Sketch of the medical history of the native army of Bombay, for the year
Year: 1875
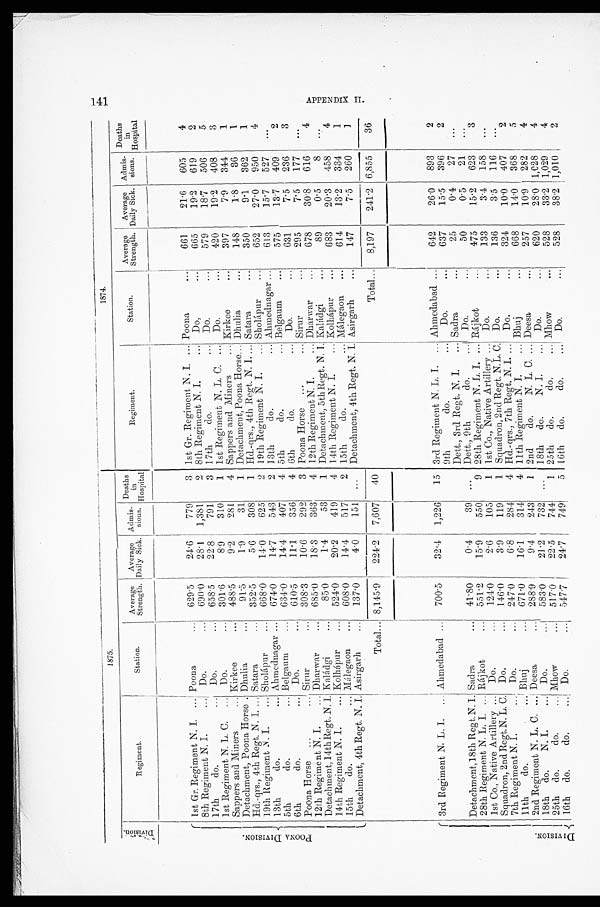
1875.
1874.
D i v i s i o n .
Regiment.
Station.
Average
Strength.
Average
Daily Sick.
Admis-
sions.
Deaths
in
Hospital.
Regiment.
Station.
Average
Strength.
Average
Daily Sick.
Admis-
sions.
Deaths in
Hospital.
P O O N A D I V I S I O N .
1st Gr. Regiment N. I. . . . P o o n a . . .
629.5
24.6
779
3 1st Gr. Regiment N. I. . . .
Poona . . .
661
21.6
605
4
8th Regiment N. I. . . .
D o . . . .
690.0
28.1
1,381
2 8th Regiment N. I. . . .
Do. . . .
665
19.2
619
2
17th do. . . .
Do. . . .
658.5
22.8
791
3 17th do. . . .
Do. . . .
579
18.7
506
5
1st Regiment N. L. C. . . .
Do. . . .
301.6
8.9
310
1
1st Regiment N. L. C. . . .
Do. . . .
420
19.2
408
3
Sappers and Miners . . .
Kirkee . . .
488.5
9.2
281
4 Sappers and Miners . . .
Kirkee . . .
397
7.9
344
1
Detachment, Poona Horse . . . Dhulia . . .
91.5
1.9
31
1
Detachment, Poona Horse . . . Dhulia . . .
148
1.8
36
1
Hd.-qrs., 4th Regt. N. I. . . . Satara . . .
352.5
5.6
308
1
Hd.-qrs., 4th Regt. N. I. . . . Satara . . .
350
9.1
362
1
19th Regiment N. I. . . .
Sholápur . . .
668.0
14.0
625
2
19th Regiment N. I.
. . .
Sholápur . . .
652
27.0
950
4
13th do. . . .
Ahmednagar . . .
674.0
14.7
543
2 13th do. . . .
Ahmednagar . . .
613
15.7
527
. . .
5th do. . . .
Belgaum . . .
634.0
14.4
407
4 5th do. . . .
Belgaum . . .
575
13.7
409
2
6th do. . . .
Do. . . .
610.5
11.1
356
4 6th do. . . .
Do. . . .
631
7.5
236
3
Poona Horse . . .
Sirur . . .
308.3
10.6
292
3 Poona Horse . . .
S i r u r . . .
295
7.5
177
. . .
12th Regiment N. I. . . .
Dharwar . . .
685.0
18.3
363
4 12th Regiment N. I. . . .
Dharwar . . .
678
30.8
616
4
Detachment,14th Regt. N. I. . . . Kaládgi . . .
85.0
1.4
53
1 Detachment, 5th Regt. N. I. . . . Kaládgi . . .
89
0.5
8
. . .
14th Regiment N. I. . . .
Kolhápur . . .
524.0
20.2
419
4 14th Regiment N. I. . . .
Kolhápur . . .
683
20.3
458
4
15th do. . . .
Málegaon . . .
608.0
14.4
517
2 15th do. . . .
Málegaon . . .
614
13.2
334
1
Detachment, 4th Regt. N. I. Asirgarh . . .
137.0
4.0
151
. . .
Detachment, 4th Regt. N. I. Asirgarh . . .
147
7.5
260
1
Total . . . 8,145.9
224.2
7,607
40
Total . . .
8,197
241.2 6,855
36
3rd Regiment N. L. I. . . .
Ahmedabad . . .
700.5
32.4
1,226
15 3rd Regiment N. L. I. . . .
Ahmedabad . . .
642
26.0
893
2
9th do. . . .
Do. . . .
637
15.5
396
2
Dett., 3rd Regt. N. I. . . .
Sadra . . .
25
0.4
27
. . .
Detachment, 18th Regt. N. I. Sadra . . .
41.80
0.4
39
. . .
Dett., 9th do. . . .
Do. . . .
50
0.5
21
. . .
28th Regiment N. L. I. . . .
R á j k o t . . .
551.2
15.9
550
9 28th Regiment N. L. I. . . .
Rájkot . . .
475
15.2
623
3
1st Co., Native Artillery . . .
Do. . . .
124.0
2.6
105
1
1st Co., Native Artillery . . .
Do. . . .
133
3.4
158
. . .
Squadron, 2nd Regt.N. L. C.
Do. . . .
146.0
3.9
119
1
Squadron, 2nd Regt. N.L. C.
Do. . . .
136
3.5
116
. . .
7th Regiment N. I. . . .
Do. . . .
247.0
6.8
284
4 Hd.-qrs., 7th Regt. N. I. . . .
Do. . . .
324
10.0
407
2
11th do. . . .
Bhuj . . .
671.0
16.1
314
4 11th Regiment N. I. . . .
Bhuj . . .
668
14.0
368
5
2nd Regiment N. L. C. . . .
Deesa . . .
288.9
9.4
243
1
2nd do. N. L. C. . . . Deesa . . .
257
10.9
282
4
18th do. N. I. . . .
Do. . . .
583.0
21.2
732
. . .
18th do.N. I. . . .
Do. . . .
620
28.0 1,028
4
25th do. do. . . .
Mhow . . .
517.0
2 2 . 5
744 1
25th do. do. . . .
Mhow . . .
528
33.2 1,029
4
16th do. do. . . .
Do. . . .
547.7
24.7
749
5
16th do.do. . . .
Do. . . .
528
38.2 1,010
2
APPENDI X I I .